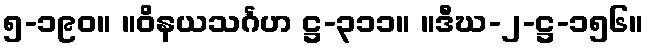
၅-၁၉၀။ ။ဝိနယသင်္ဂဟ ဋ္ဌ-၃၁၁။ ။ဒီဃ-၂-ဋ္ဌ-၁၅၆။